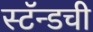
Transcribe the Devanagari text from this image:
स्टॅन्डची